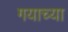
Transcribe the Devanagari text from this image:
गयाच्या